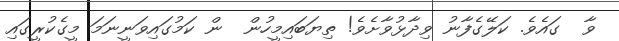
ވާ  ގައެވެ. ކަލޭގެފާނު ވިދާޅުވާށެވެ! ތިޔަބައިމީހުން  ން ކަމުގައިވަނީނަމަ މީގެކުރީގައި